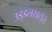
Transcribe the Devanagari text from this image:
उड़्डलखटोले